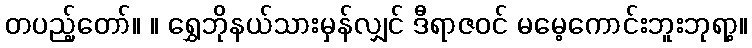
တပည့်တော်။ ။ ရွှေဘိုနယ်သားမှန်လျှင် ဒီရာဇဝင် မမေ့ကောင်းဘူးဘုရာ့။